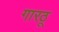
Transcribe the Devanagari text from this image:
गारठू